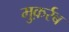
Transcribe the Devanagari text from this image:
मुक़र्रब